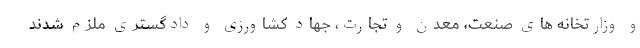
و وزارتخانه های صنعت، معدن و تجارت، جهاد کشاورزی و دادگستری ملزم شدند